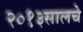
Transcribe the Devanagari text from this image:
२०१३सालचेे